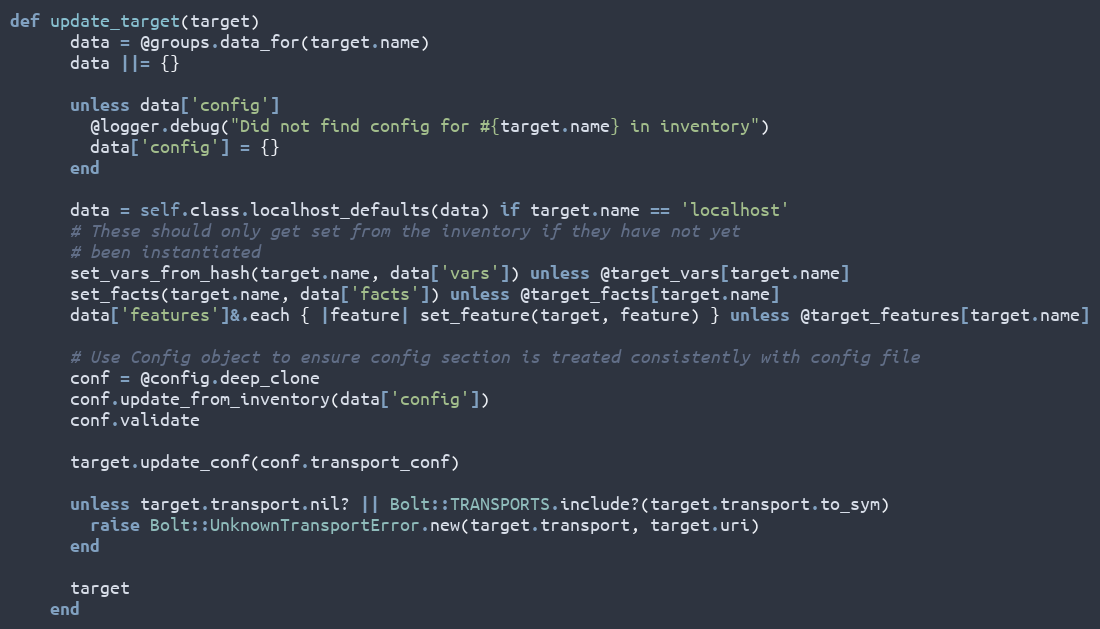
Language: Ruby
def update_target(target)
      data = @groups.data_for(target.name)
      data ||= {}

      unless data['config']
        @logger.debug("Did not find config for #{target.name} in inventory")
        data['config'] = {}
      end

      data = self.class.localhost_defaults(data) if target.name == 'localhost'
      # These should only get set from the inventory if they have not yet
      # been instantiated
      set_vars_from_hash(target.name, data['vars']) unless @target_vars[target.name]
      set_facts(target.name, data['facts']) unless @target_facts[target.name]
      data['features']&.each { |feature| set_feature(target, feature) } unless @target_features[target.name]

      # Use Config object to ensure config section is treated consistently with config file
      conf = @config.deep_clone
      conf.update_from_inventory(data['config'])
      conf.validate

      target.update_conf(conf.transport_conf)

      unless target.transport.nil? || Bolt::TRANSPORTS.include?(target.transport.to_sym)
        raise Bolt::UnknownTransportError.new(target.transport, target.uri)
      end

      target
    end